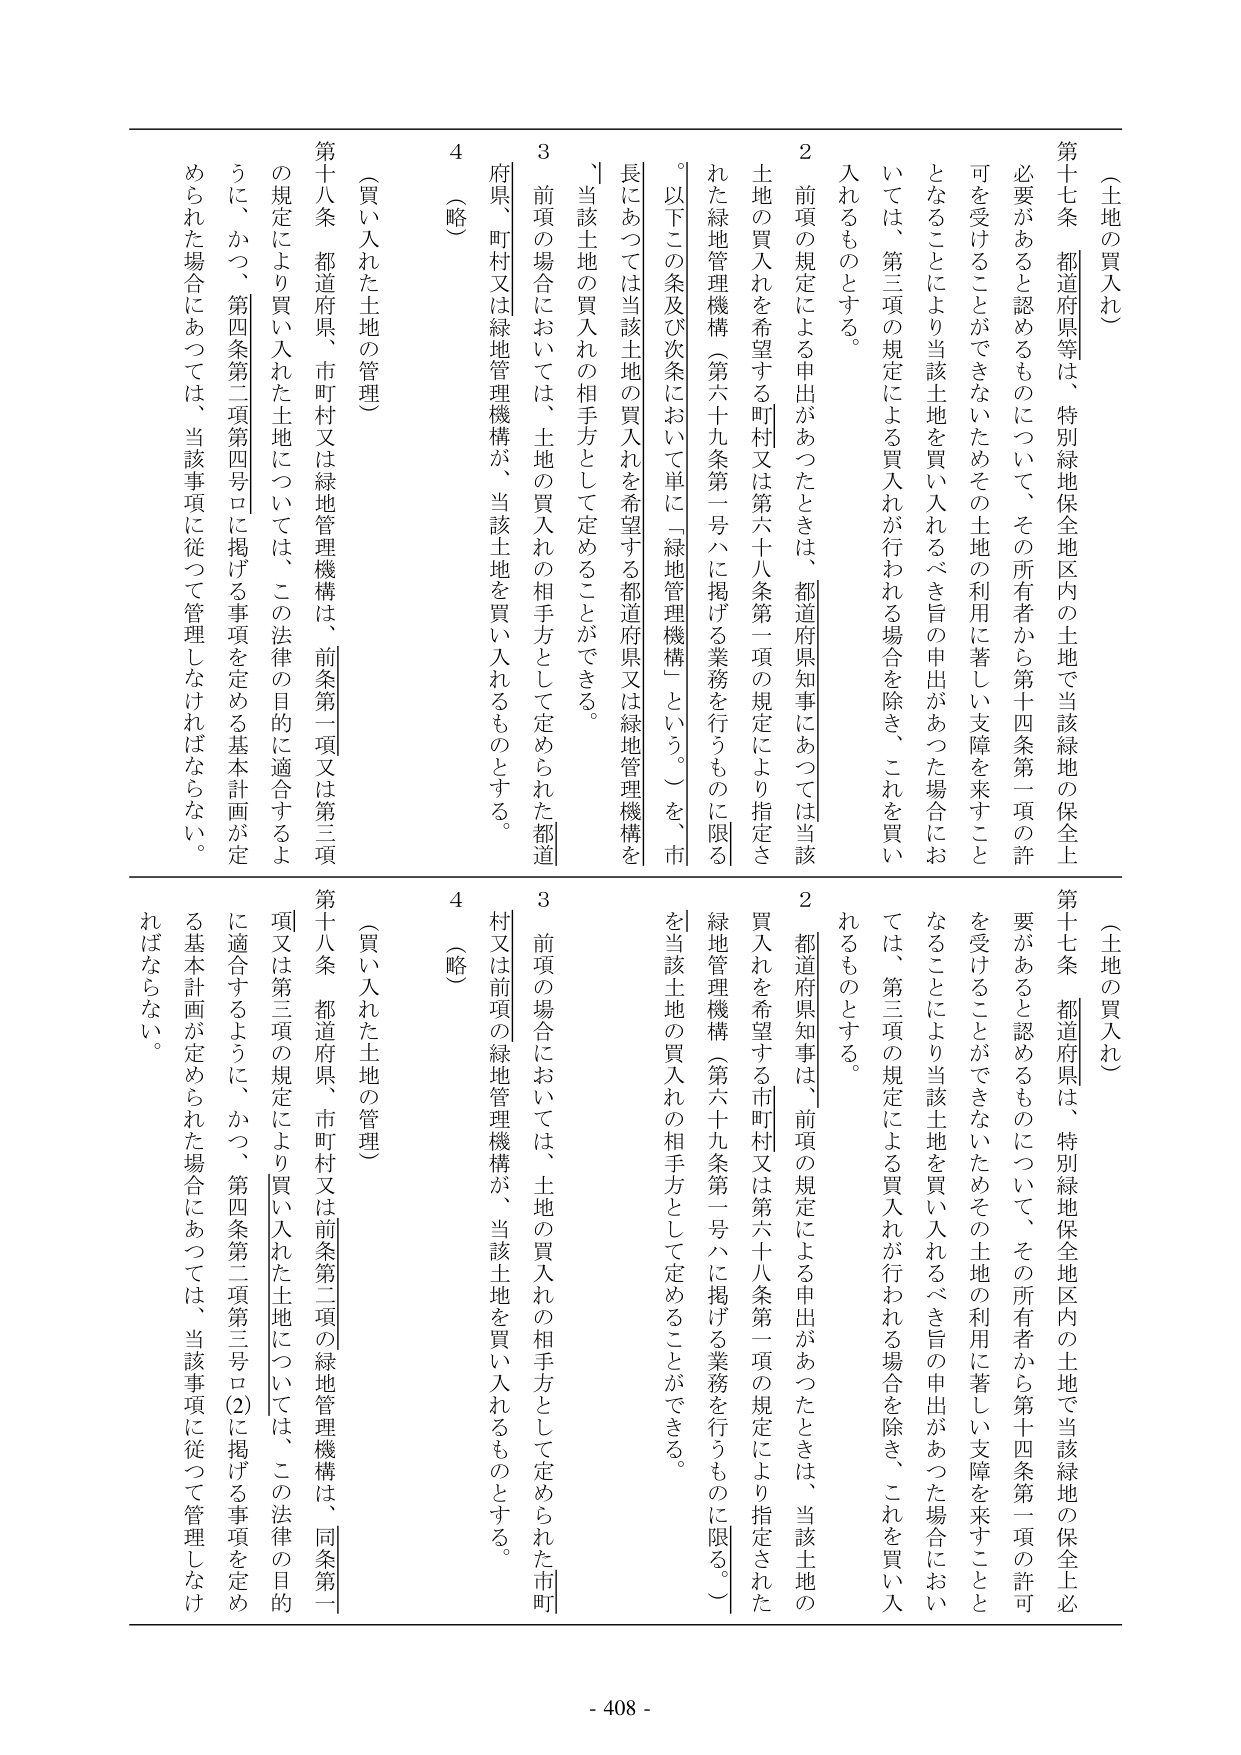
（土地の買入れ）

第十七条 都道府県等は、特別緑地保全地区内の土地で当該緑地の保全上必要があると認めるものについて、その所有者から第十四条第一項の許可を受けることができないためその土地の利用に著しい支障を来すこととなることにより当該土地を買い入れるべき旨の申出があった場合においては、第三項の規定による買入れが行われる場合を除き、これを買い入れるものとする。

２ 前項の規定による申出があったときは、都道府県知事にあつては当該土地の買入れを希望する町村又は第六十八条第一項の規定により指定された緑地管理機構（第六十九条第一号ハに掲げる業務を行うものに限る。以下この条及び次条において単に「緑地管理機構」という。）を、市長にあつては当該土地の買入れを希望する都道府県又は緑地管理機構を「当該土地の買入れの相手方として定めることができる。

３ 前項の場合においては、土地の買入れの相手方として定められた都道府県、町村又は緑地管理機構が、当該土地を買い入れるものとする。

（略）

第十八条 都道府県、市町村又は緑地管理機構は、前条第一項又は第三項の規定により買い入れた土地については、この法律の目的に適合するように、かつ、第四条第二項第四号ロに掲げる事項を定める基本計画が定められた場合にあつては、当該事項に従つて管理しなければならない。

（土地の買入れ）

第十七条 都道府県は、特別緑地保全地区内の土地で当該緑地の保全上必要があると認めるものについて、その所有者から第十四条第一項の許可を受けることができないためその土地の利用に著しい支障を来すこととなることにより当該土地を買い入れるべき旨の申出があった場合においては、第三項の規定による買入れが行われる場合を除き、これを買い入れるものとする。

２ 都道府県知事は、前項の規定による申出があったときは、当該土地の買入れを希望する市町村又は第六十八条第一項の規定により指定された緑地管理機構（第六十九条第一号ハに掲げる業務を行うものに限る。）を当該土地の買入れの相手方として定めることができる。

３ 前項の場合においては、土地の買入れの相手方として定められた市町村又は前項の緑地管理機構が、当該土地を買い入れるものとする。

（略）

第十八条 都道府県、市町村又は前条第二項の緑地管理機構は、同条第一項又は第三項の規定により買い入れた土地については、この法律の目的に適合するように、かつ、第四条第二項第三号ロ(2)に掲げる事項を定める基本計画が定められた場合にあつては、当該事項に従つて管理しなければならない。

- 408 -